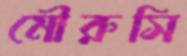
মৌরুসি